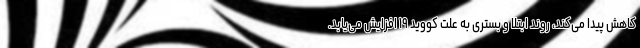
کاهش پیدا می‌کند، روند ابتلا و بستری به علت کووید ۱۹ افزایش می‌یابد.